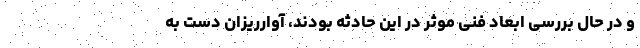
و در حال بررسی ابعاد فنی موثر در این حادثه بودند، آوارریزان دست به